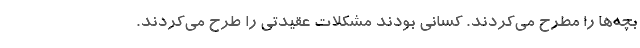
بچه‌ها را مطرح می‌کردند. کسانی بودند مشکلات عقیدتی را طرح می‌کردند.